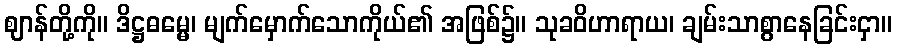
ဈာန်တို့ကို။ ဒိဋ္ဌဓမ္မေ၊ မျက်မှောက်သောကိုယ်၏ အဖြစ်၌။ သုခဝိဟာရာယ၊ ချမ်းသာစွာနေခြင်းငှာ။